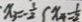
x _ { 3 } = - \frac { 1 } { 2 } \int x _ { 4 } = \frac { 1 } { 2 }